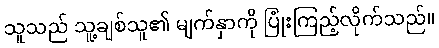
သူသည် သူ့ချစ်သူ၏ မျက်နှာကို ပြုံးကြည့်လိုက်သည်။